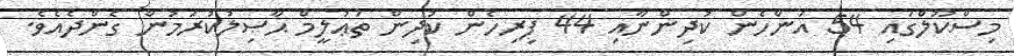
މިސްކޫލްގައި 54 އަންހެން ކުދިންނާއި 44 ފިރިހެން ކުދިން ތަޢުލީމް ޙާޞިލުކުރަމުން ގެންދެއެވެ.